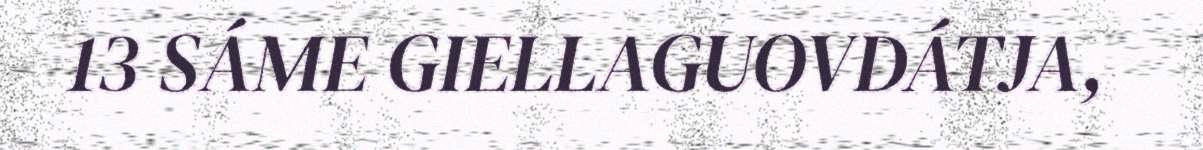
13 SÁME GIELLAGUOVDÁTJA,